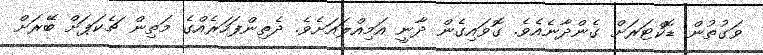
ވަގުތުން ޑޮކްޓަރަށް ގެންދާނެއެވެ. ގޮވައިގެން ދާނީ އަމިއްލައަށެވެ. ދެތިންފަހަރެއްގެ މަތިން ޗެކަޕަށް ބޭރަށް